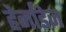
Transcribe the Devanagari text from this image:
हेर्नांडेज